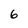
Character: 6